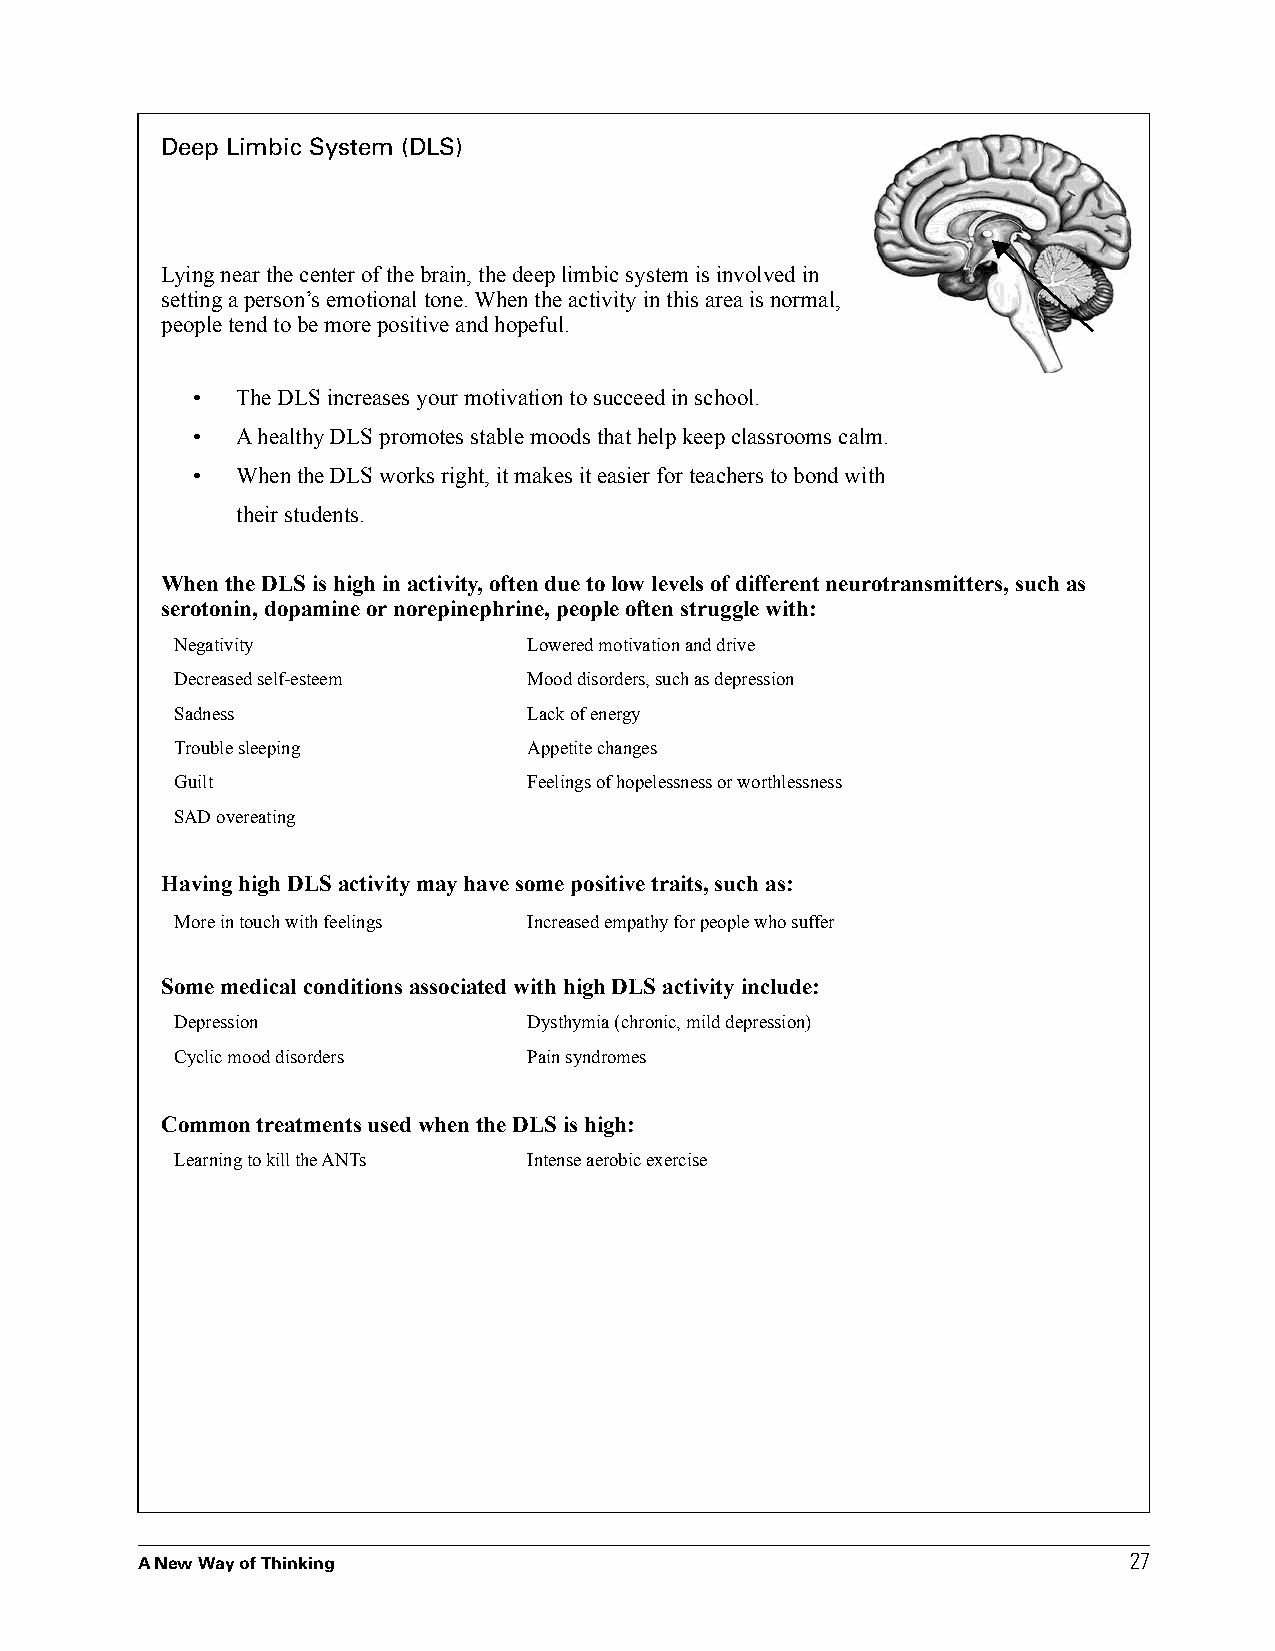
Deep Limbic System (DLS)
 Lying near the center of the brain, the deep limbic system is involved in
 setting a person’s emotional tone. When the activity in this area is normal,
 people tend to be more positive and hopeful.
 •  The DLS increases your motivation to succeed in school.
 •  A healthy DLS promotes stable moods that help keep classrooms calm.
 •  When the DLS works right, it makes it easier for teachers to bond with
 their students.
 When the DLS is high in activity, often due to low levels of different neurotransmitters, such as
 serotonin, dopamine or norepinephrine, people often struggle with:
 Negativity             Lowered motivation and drive
 Decreased self-esteem  Mood disorders, such as depression
 Sadness                Lack of energy
 Trouble sleeping       Appetite changes
 Guilt                  Feelings of hopelessness or worthlessness
 SAD overeating
 Having high DLS activity may have some positive traits, such as:
 More in touch with feelings Increased empathy for people who suffer
 Some medical conditions associated with high DLS activity include:
 Depression             Dysthymia (chronic, mild depression)
 Cyclic mood disorders  Pain syndromes
 Common treatments used when the DLS is high:
 Learning to kill the ANTs Intense aerobic exercise
 27
 A New Way of Thinking